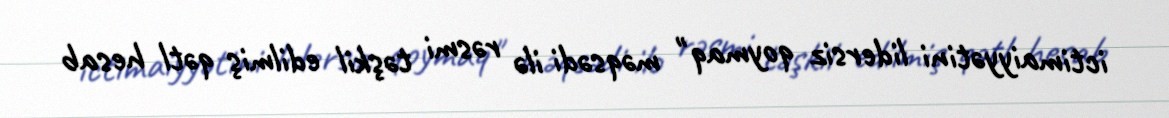
ictimaiyyətini lidersiz qoymaq" məqsədi ilə rəsmi təşkil edilmiş qətl hesab